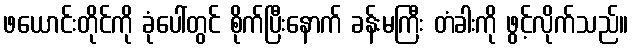
ဖယောင်းတိုင်ကို ခုံပေါ်တွင် စိုက်ပြီးနောက် ခန်းမကြီး တံခါးကို ဖွင့်လိုက်သည်။